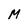
Character: M